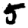
Digit: 5